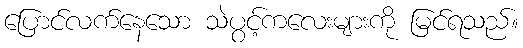
ပြောင်လက်နေသော သဲပွင့်ကလေးများကို မြင်ရသည်။